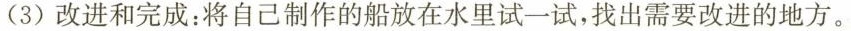
(3)改进和完成：将自己制作的船放在水里试一试，找出需要改进的地方。